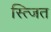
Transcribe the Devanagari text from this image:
स्त्जित